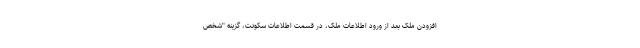
افزودن ملک بعد از ورود اطلاعات ملک، در قسمت اطلاعات سکونت، گزینه "شخص